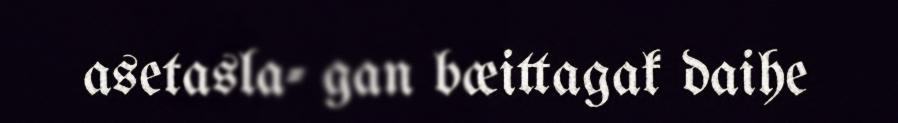
asetasla- gan bæittagak daihe